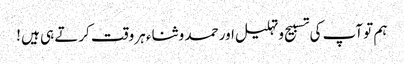
ہم تو آپ کی تسبیح و تہلیل اور حمد و ثناء ہر وقت کرتے ہی ہیں !